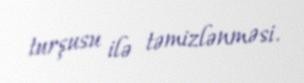
turşusu ilə təmizlənməsi.